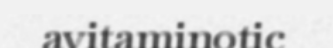
avitaminotic